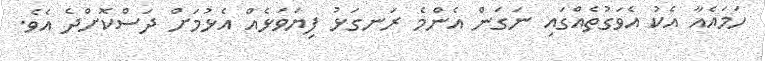
ހަމައެއާ އެކު އެވަގުތެއްގައި ނަގަން އެންމެ ރަނގަޅު ފިޔަވަޅެއް އެޅުމަށް ދަސްކޮށްދެ އެވެ.